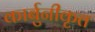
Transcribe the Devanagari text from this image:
कार्बुनीकृत